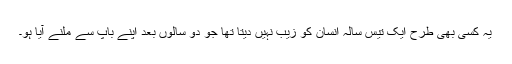
یہ کسی بھی طرح ایک تیس سالہ انسان کو زیب نہیں دیتا تھا جو دو سالوں بعد اپنے باپ سے ملنے آیا ہو۔